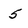
Character: 5